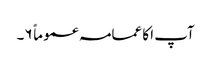
آپ ا کا عمامہ عموماً ۶۔